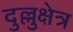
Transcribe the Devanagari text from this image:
दुल्लुक्षेत्र